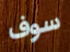
سوف